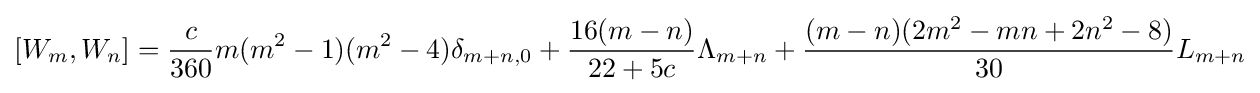
[W_{m},W_{n}]={\frac {c}{360}}m(m^{2}-1)(m^{2}-4)\delta _{m+n,0}+{\frac {16(m-n)}{22+5c}}\Lambda _{m+n}+{\frac {(m-n)(2m^{2}-mn+2n^{2}-8)}{30}}L_{m+n}